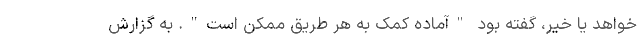
خواهد یا خیر، گفته بود "آماده کمک به هر طریق ممکن است". به گزارش